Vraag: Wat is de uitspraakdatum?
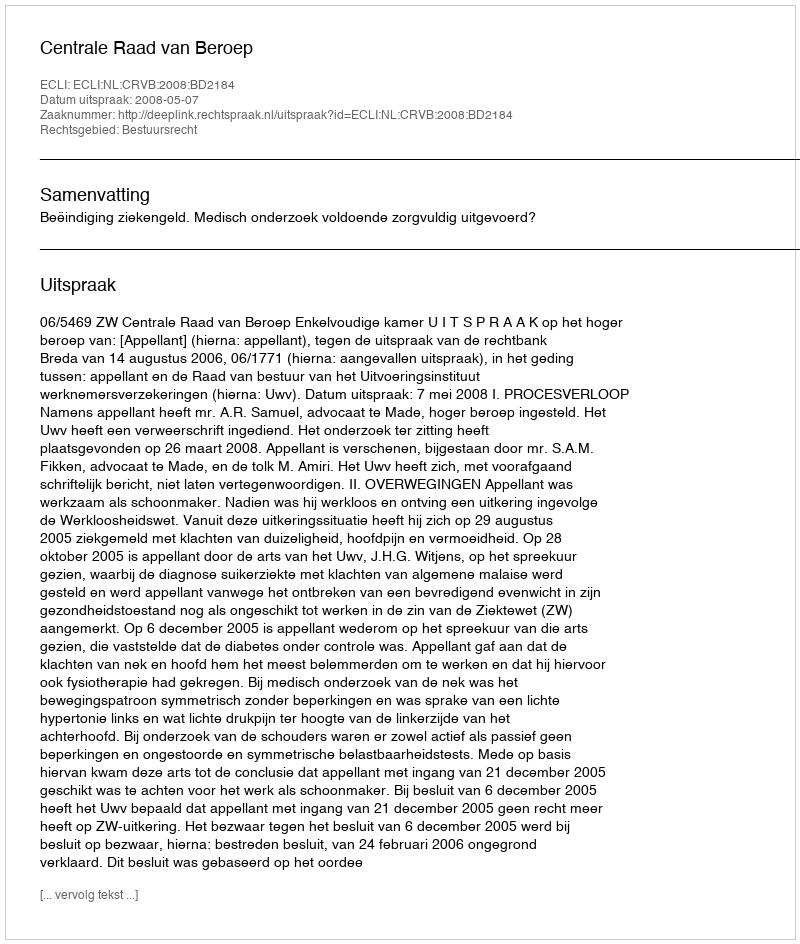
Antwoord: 2008-05-07